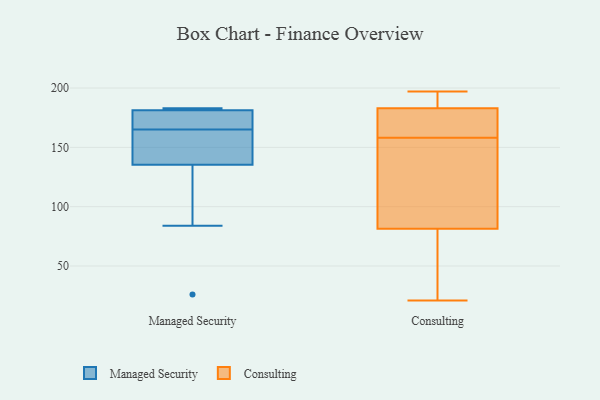
{"axis": {"x": "Page Views", "y": "Value"}, "legend": ["Consulting", "Managed Security"], "data": [{"x": "", "y": 130, "type": "Managed Security"}, {"x": "", "y": 137, "type": "Managed Security"}, {"x": "", "y": 181, "type": "Managed Security"}, {"x": "", "y": 183, "type": "Managed Security"}, {"x": "", "y": 177, "type": "Managed Security"}, {"x": "", "y": 165, "type": "Managed Security"}, {"x": "", "y": 183, "type": "Managed Security"}, {"x": "", "y": 84, "type": "Managed Security"}, {"x": "", "y": 153, "type": "Managed Security"}, {"x": "", "y": 26, "type": "Managed Security"}, {"x": "", "y": 169, "type": "Managed Security"}, {"x": "", "y": 182, "type": "Managed Security"}, {"x": "", "y": 161, "type": "Managed Security"}, {"x": "", "y": 185, "type": "Consulting"}, {"x": "", "y": 77, "type": "Consulting"}, {"x": "", "y": 183, "type": "Consulting"}, {"x": "", "y": 130, "type": "Consulting"}, {"x": "", "y": 114, "type": "Consulting"}, {"x": "", "y": 168, "type": "Consulting"}, {"x": "", "y": 48, "type": "Consulting"}, {"x": "", "y": 70, "type": "Consulting"}, {"x": "", "y": 158, "type": "Consulting"}, {"x": "", "y": 177, "type": "Consulting"}, {"x": "", "y": 158, "type": "Consulting"}, {"x": "", "y": 86, "type": "Consulting"}, {"x": "", "y": 178, "type": "Consulting"}, {"x": "", "y": 155, "type": "Consulting"}, {"x": "", "y": 183, "type": "Consulting"}, {"x": "", "y": 21, "type": "Consulting"}, {"x": "", "y": 193, "type": "Consulting"}, {"x": "", "y": 38, "type": "Consulting"}, {"x": "", "y": 190, "type": "Consulting"}, {"x": "", "y": 197, "type": "Consulting"}]}